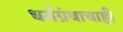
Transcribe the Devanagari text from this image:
धर्मग्रंथाचाही